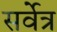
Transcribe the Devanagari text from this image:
सर्वेत्र